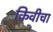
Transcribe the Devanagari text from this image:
किवीचा